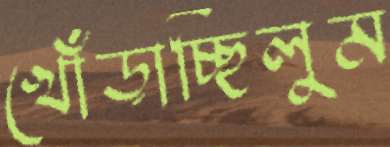
খোঁড়াচ্ছিলুম